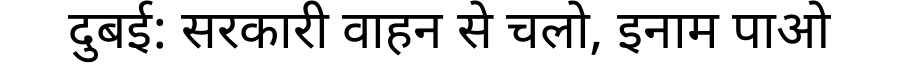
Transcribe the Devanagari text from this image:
दुबई: सरकारी वाहन से चलो, इनाम पाओ